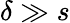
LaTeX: \delta\gg s